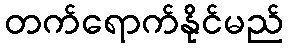
တက်ရောက်နိုင်မည်